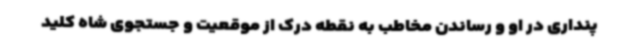
پنداری در او و رساندن مخاطب به نقطه درک از موقعیت و جستجوی شاه کلید